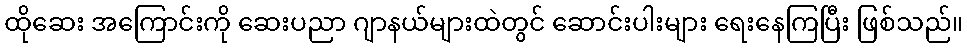
ထိုဆေး အကြောင်းကို ဆေးပညာ ဂျာနယ်များထဲတွင် ဆောင်းပါးများ ရေးနေကြပြီး ဖြစ်သည်။